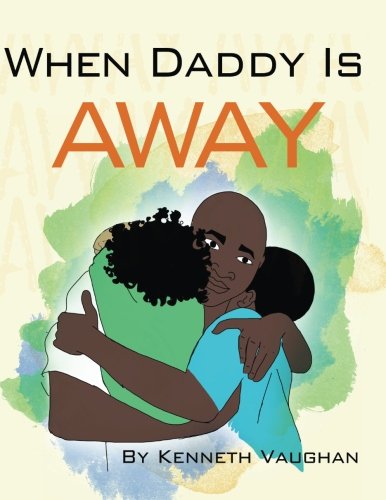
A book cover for When Daddy Is Away; Kenneth Vaughan; Parenting & Relationships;